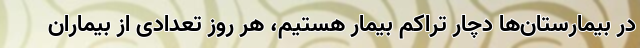
در بیمارستان‌ها دچار تراکم بیمار هستیم، هر روز تعدادی از بیماران